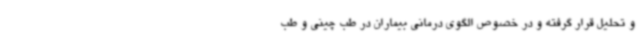
و تحلیل قرار گرفته و در خصوص الگوی درمانی بیماران در طب چینی و طب